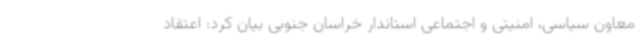
معاون سیاسی، امنیتی و اجتماعی استاندار خراسان جنوبی بیان کرد: اعتقاد